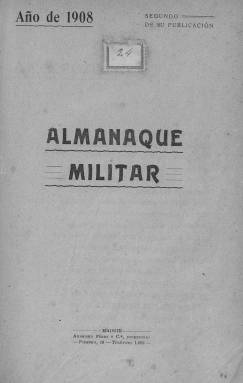
Título: Almanaque militar (1906)
Colección: Almanaques || Fuerzas armadas
Ámbito geográfico: Madrid
Lugar de publicación: Madrid
Fechas: 01/01/1908-31/12/1908